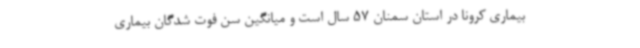
بیماری کرونا در استان سمنان 57 سال است و میانگین سن فوت شدگان بیماری